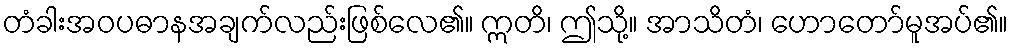
တံခါးအဝပဓာနအချက်လည်းဖြစ်လေ၏။ ဣတိ၊ ဤသို့။ အာသိတံ၊ ဟောတော်မူအပ်၏။